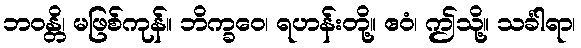
ဘဝန္တိ၊ မဖြစ်ကုန်။ ဘိက္ခဝေ၊ ရဟန်းတို့။ ဧဝံ၊ ဤသို့။ သင်္ခါရာ၊